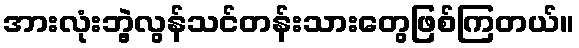
အားလုံးဘွဲ့လွန်သင်တန်းသားတွေဖြစ်ကြတယ်။